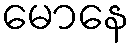
မောနေ